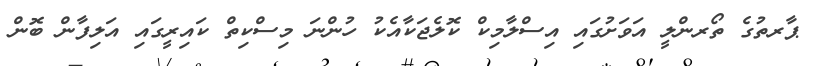
ޕާރތުގެ ތޯރންލީ އަވަށުގައި އިސްލާމިކް ކޮލެޖަކާއެކު ހުންނަ މިސްކިތް ކައިރީގައި އަލިފާން ބޮން